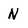
Character: n